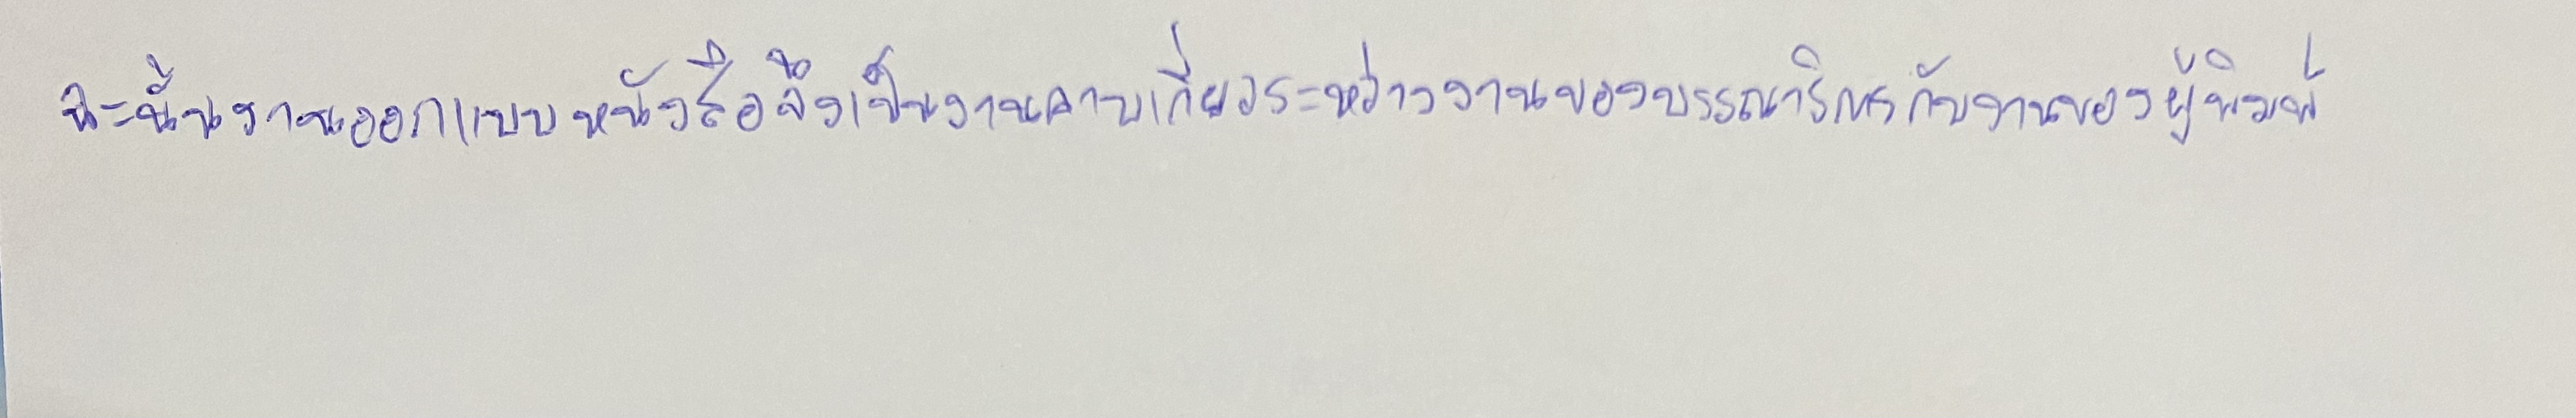
ฉะนั้นงานออกแบบหนังสือจึงเป็นงานคาบเกี่ยวระหว่างงานของบรรณาธิการกับงานของผู้พิมพ์